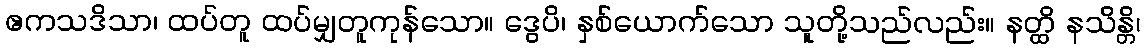
ဧကသဒိသာ၊ ထပ်တူ ထပ်မျှတူကုန်သော။ ဒွေပိ၊ နှစ်ယောက်သော သူတို့သည်လည်း။ နတ္ထိ နသိန္တိ၊